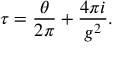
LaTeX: \tau = { \frac { \theta } { 2 \pi } } + { \frac { 4 \pi i } { g ^ { 2 } } } .